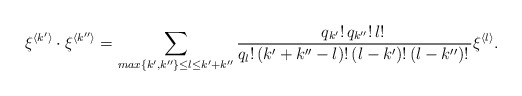
\begin{gather*}\xi^{\langle k' \rangle}\cdot \xi^{\langle k'' \rangle}=\sum_{ max\{k',k''\}\leq l\leq k'+k''}\frac{q_{k'}!\,q_{k''}!\,l!\,}{q_l!\,(k'+k''-l)!\,(l-k')!\,(l-k'')!\,}\xi^{\langle l\rangle}.\\\end{gather*}